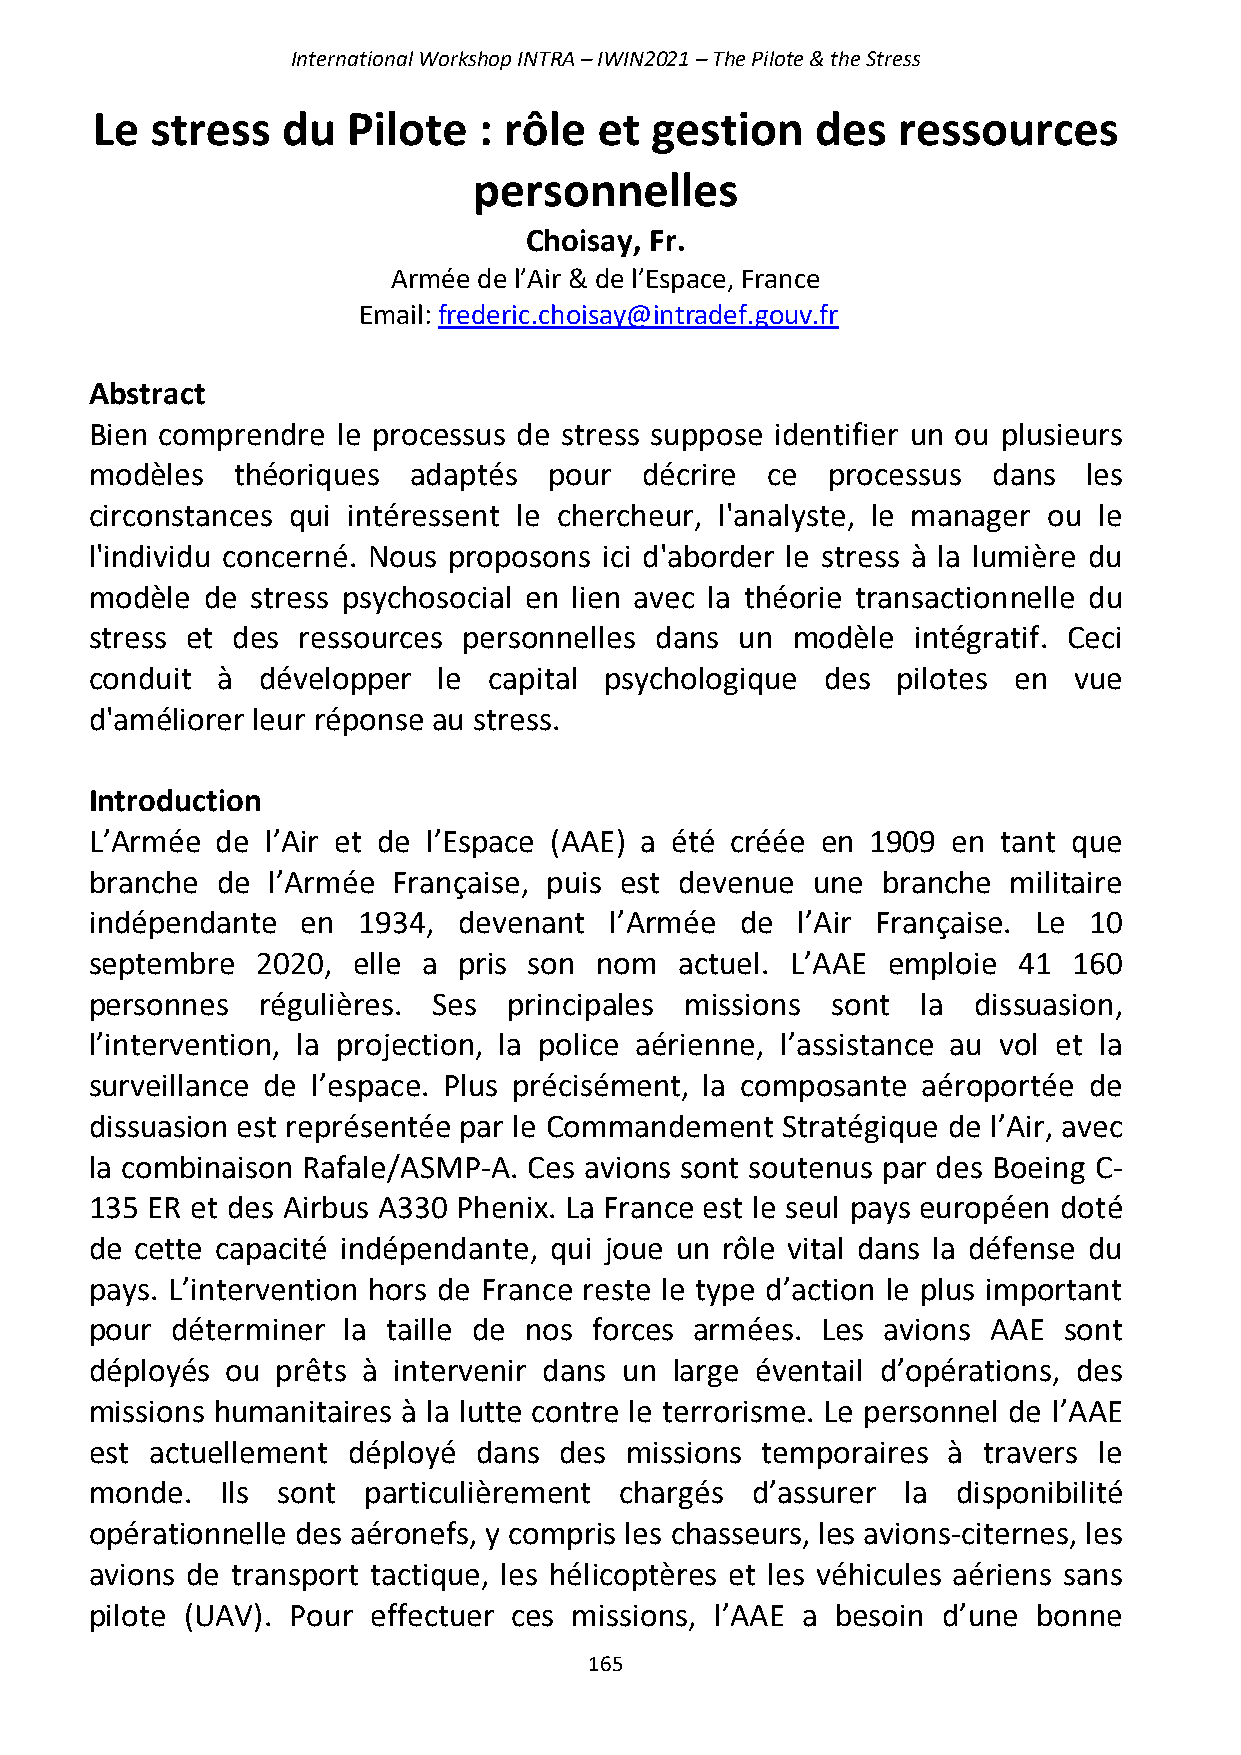
International Workshop INTRA – IWIN2021 – The Pilote & the Stress
 Le  stress   du  Pilote   : rôle  et gestion    des  ressources
 personnelles
 Choisay, Fr.
 Armée de l’Air & de l’Espace, France
 Email: frederic.choisay@intradef.gouv.fr
 Abstract
 Bien comprendre le processus de stress suppose identifier un ou plusieurs
 modèles  théoriques  adaptés  pour   décrire ce  processus  dans  les
 circonstances qui intéressent le chercheur, l'analyste, le manager ou le
 l'individu concerné. Nous proposons ici d'aborder le stress à la lumière du
 modèle de  stress psychosocial en lien avec la théorie transactionnelle du
 stress et des ressources personnelles dans un modèle  intégratif. Ceci
 conduit à  développer  le capital psychologique  des pilotes en  vue
 d'améliorer leur réponse au stress.
 Introduction
 L’Armée de  l’Air et de l’Espace (AAE) a été créée en 1909 en tant que
 branche de  l’Armée Française, puis est devenue une branche  militaire
 indépendante  en  1934, devenant  l’Armée  de  l’Air Française. Le 10
 septembre  2020, elle a pris son nom   actuel. L’AAE emploie 41  160
 personnes  régulières. Ses  principales missions sont  la dissuasion,
 l’intervention, la projection, la police aérienne, l’assistance au vol et la
 surveillance de l’espace. Plus précisément, la composante aéroportée de
 dissuasion est représentée par le Commandement Stratégique de l’Air, avec
 la combinaison Rafale/ASMP-A. Ces avions sont soutenus par des Boeing C-
 135 ER et des Airbus A330 Phenix. La France est le seul pays européen doté
 de cette capacité indépendante, qui joue un rôle vital dans la défense du
 pays. L’intervention hors de France reste le type d’action le plus important
 pour déterminer  la taille de nos forces armées. Les avions AAE sont
 déployés ou prêts à intervenir dans un large éventail d’opérations, des
 missions humanitaires à la lutte contre le terrorisme. Le personnel de l’AAE
 est actuellement déployé dans  des missions temporaires  à travers le
 monde.   Ils sont particulièrement chargés  d’assurer la disponibilité
 opérationnelle des aéronefs, y compris les chasseurs, les avions-citernes, les
 avions de transport tactique, les hélicoptères et les véhicules aériens sans
 pilote (UAV). Pour effectuer ces missions, l’AAE a besoin d’une bonne
 165